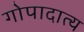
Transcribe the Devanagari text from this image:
गोपादात्य